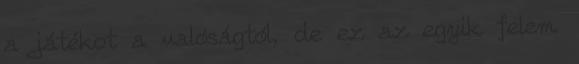
a játékot a valóságtól, de ez az egyik felem.